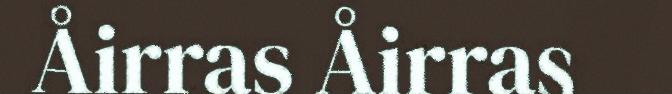
Åirras Åirras